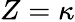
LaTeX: Z=\kappa